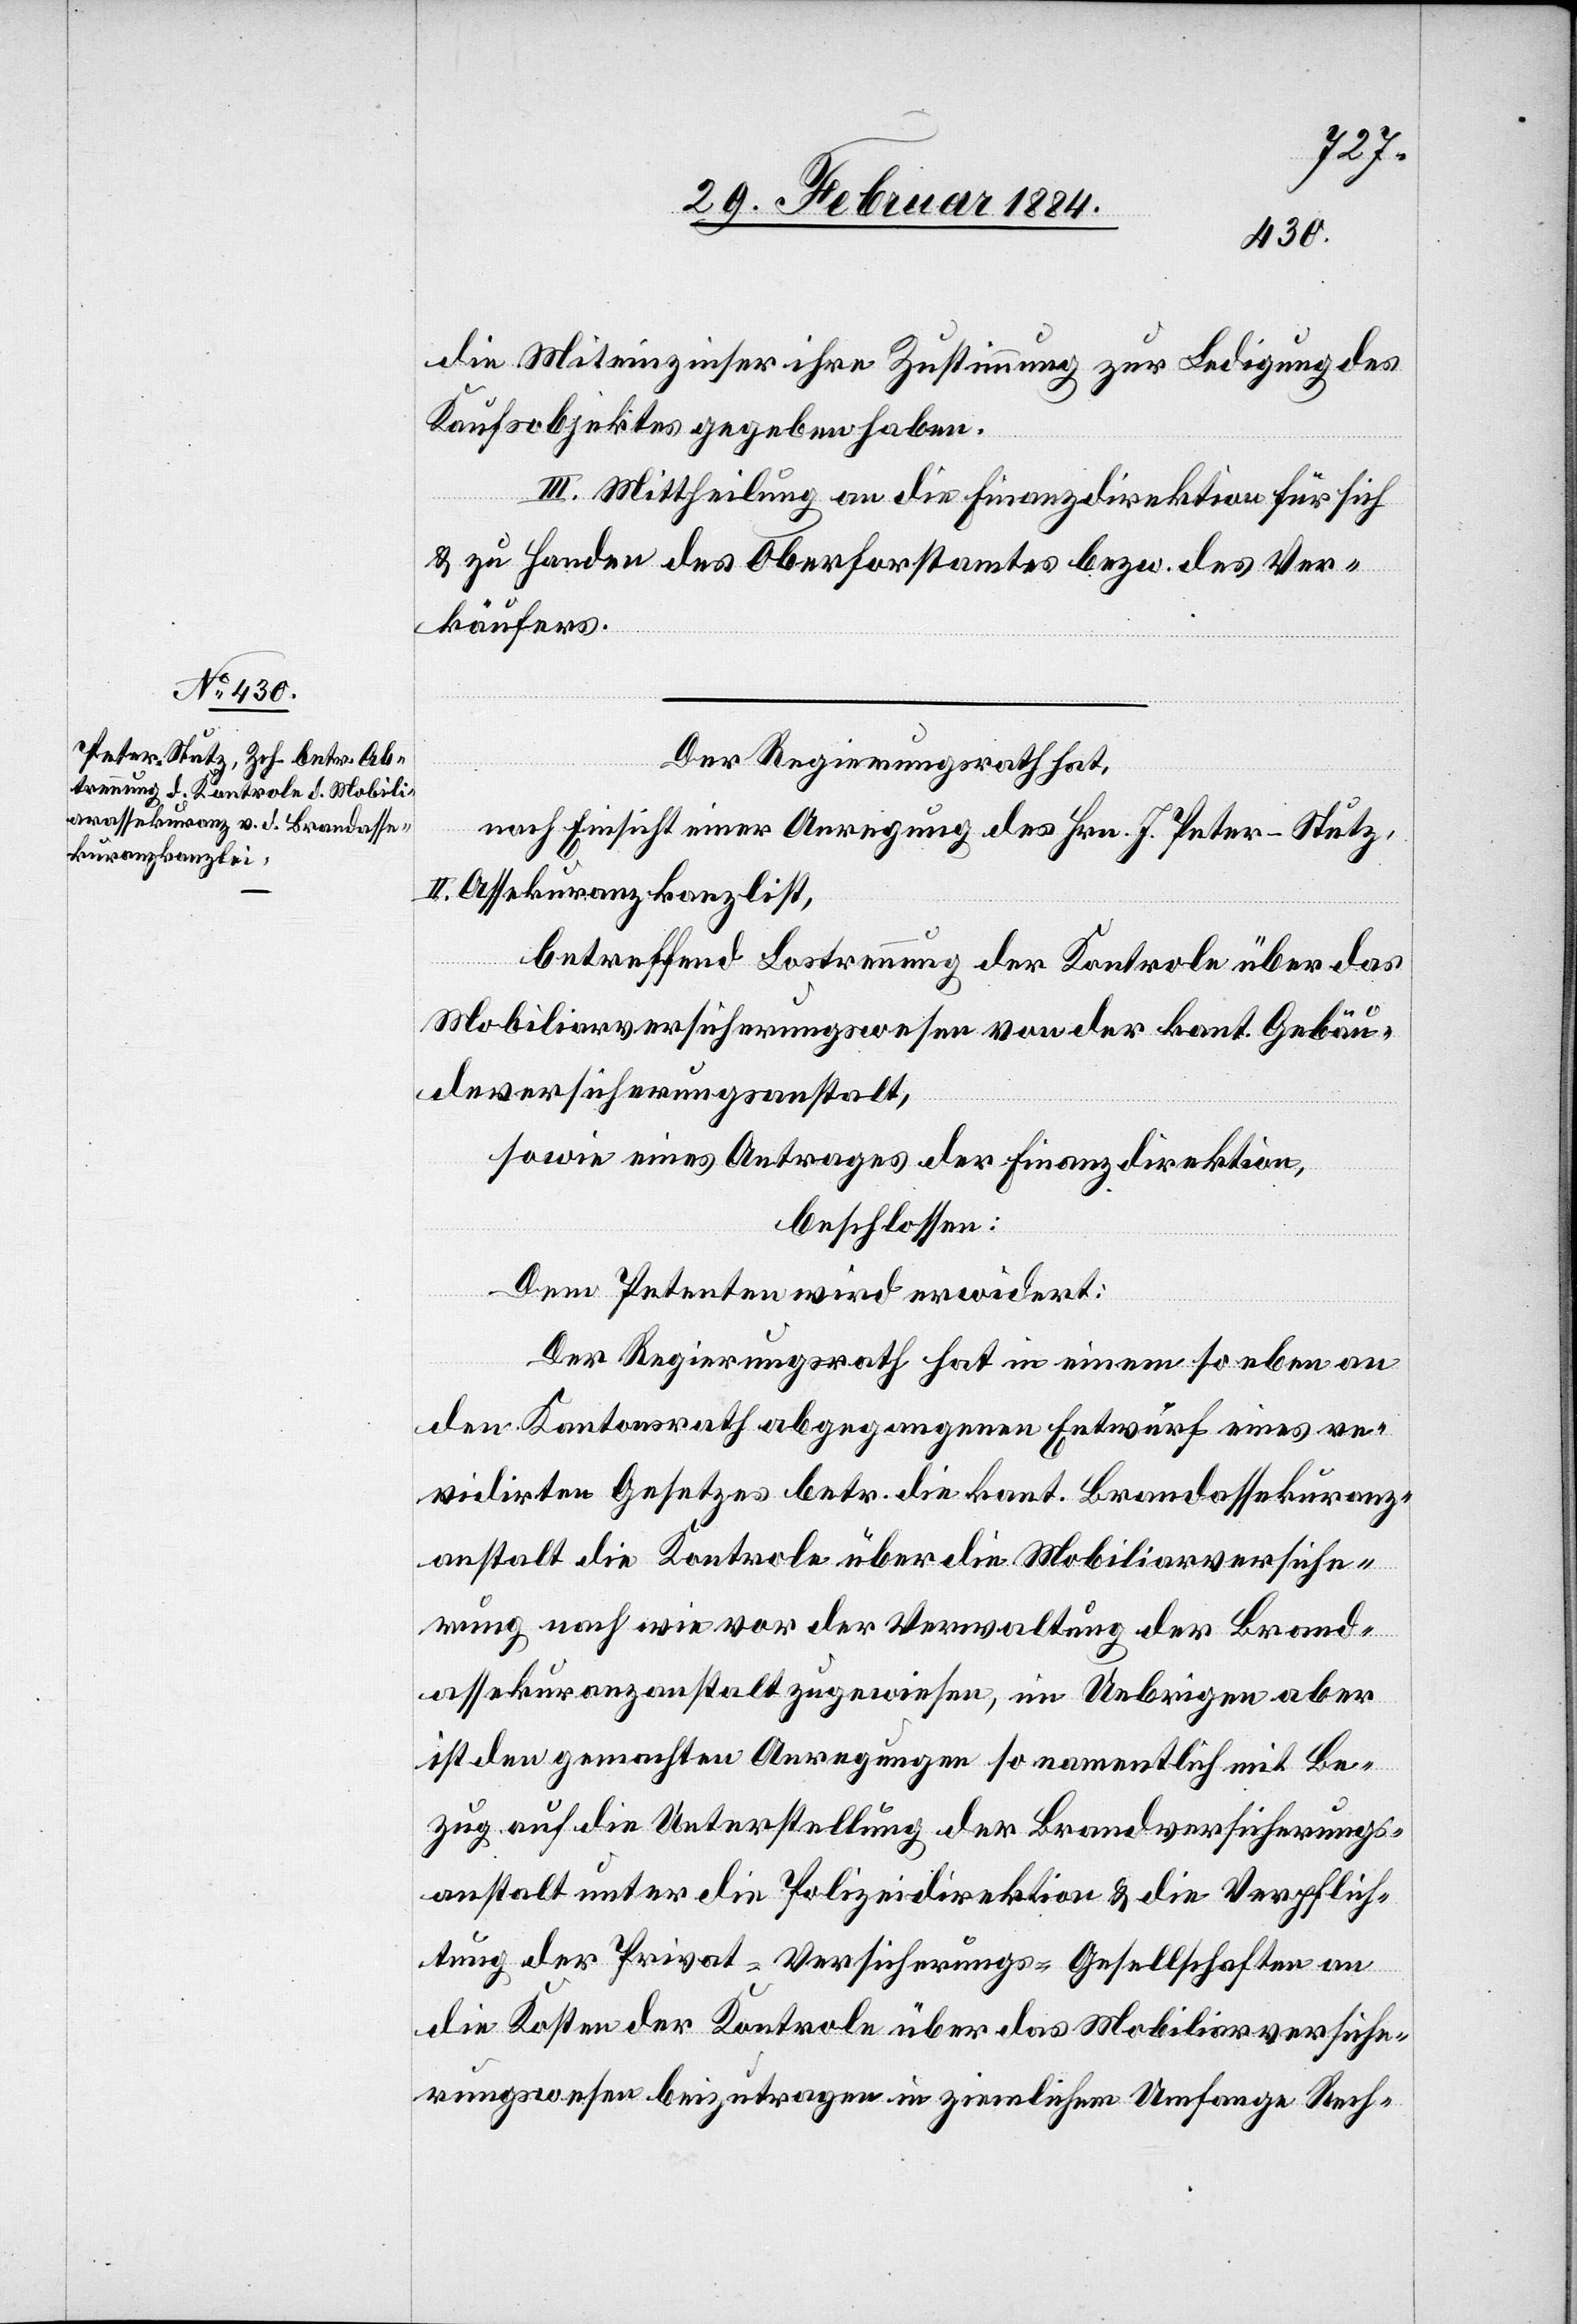
Der Regierungsrath hat,
nach Einsicht einer Anregung des Hrn. J. Peter-Stutz,
II. Assekuranzkanzlist,
betreffend Lostrennung der Kontrole über das
Mobiliarversicherungswesen von der kant. Gebäu¬
deversicherungsanstalt,
sowie eines Antrages der Finanzdirektion,
beschlossen:
assekuranz
Dem Petenten wird erwidert:
Der Regierungsrath hat in einem so eben an
den Kantonsrath beigegangenen Entwurf eines re¬
vidirten Gesetzes betr. die kant. Brandassekuranz¬
anstalt die Kontrole über die Mobiliarversiche¬
rung nach wie vor der Verwaltung der Brand¬
ist den gemachten Anregungen so namentlich mit Be¬
zug auf die Unterstellung der Brandversicherungs¬
anstalt unter die Polizeidirektion & die Verpflich¬
tung der Privat-Versicherungs-Gesellschaften an
die Kosten der Kontrole über das Mobiliarversiche¬
rungswesen beizutragen in ziemlichem Umfange Rech-